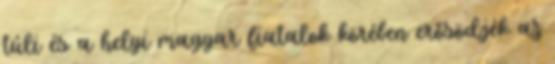
túli és a helyi magyar fiatalok körében erősödjék az